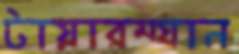
টায়ারম্যান